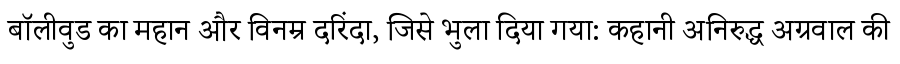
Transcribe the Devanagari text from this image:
बॉलीवुड का महान और विनम्र दरिंदा, जिसे भुला दिया गया: कहानी अनिरुद्ध अग्रवाल की